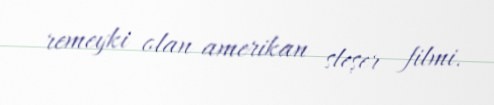
remeyki olan amerikan sleşer filmi.